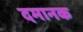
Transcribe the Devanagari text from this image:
दमानक